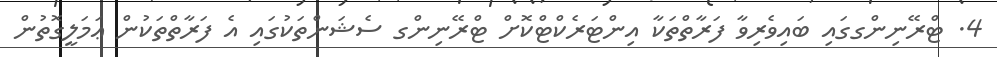
4. ޓްރޭނިންގގައި ބައިވެރިވާ ފަރާތްތަކާ އިންޓަރެކްޓްކޮށް ޓްރޭނިންގ ސެޝަންތަކުގައި އެ ފަރާތްތަކުން ޢަމަލީގޮތުން